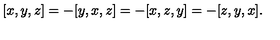
[ x , y , z ] = - [ y , x , z ] = - [ x , z , y ] = - [ z , y , x ] .